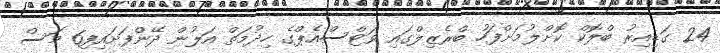
24 ގަޑިއިރު ބްލޮކް ކޮށްލުމަށްފަހު ބްރެޒިލްގައި ވަޓްސްއެޕްގެ ހިދުމަތް އަލުން ދޭންފަށައިފި6 މަސް